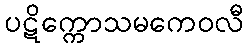
ပဋိက္ကောသမကေဝလီ